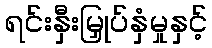
ရင်းနှီးမြှုပ်နှံမှုနှင့်